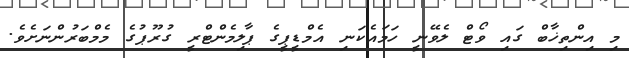
މި އިންތިޚާބް ގައި ވޯޓް ލެވޭނީ ހަމައެކަނި އެމްޑީޕީގެ ޕާލިމެންޓްރީ ގުރޫޕުގެ މެމްބަަރުންނަށެވެ.